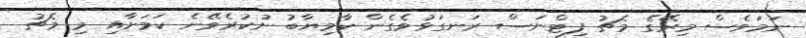
ނަމަވެސް މިރޭގެ މެޗު ފިޓްނަސް ރަނގަޅުވެގެން ކާމިޔާބު ނުކުރެވޭނެ ކަމަށާއި މި މެޗު